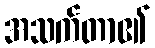
အသက်တာ၏